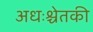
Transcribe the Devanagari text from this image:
अधःश्चेतकी